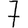
Digit: 7